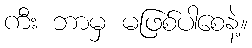
ကီး ဘာမှ မဖြစ်ပါစေနဲ့။